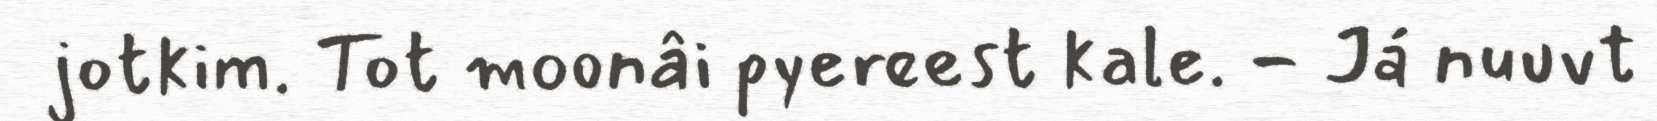
jotkim. Tot moonâi pyereest kale. - Já nuuvt